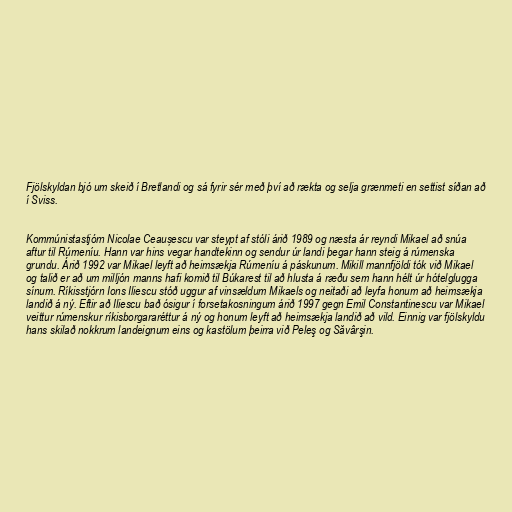
Fjölskyldan bjó um skeið í Bretlandi og sá fyrir sér með því að rækta og selja grænmeti en settist síðan að
í Sviss.

Kommúnistastjórn Nicolae Ceaușescu var steypt af stóli árið 1989 og næsta ár reyndi Mikael að snúa
aftur til Rúmeníu. Hann var hins vegar handtekinn og sendur úr landi þegar hann steig á rúmenska
grundu. Árið 1992 var Mikael leyft að heimsækja Rúmeníu á páskunum. Mikill mannfjöldi tók við Mikael
og talið er að um milljón manns hafi komið til Búkarest til að hlusta á ræðu sem hann hélt úr hótelglugga
sínum. Ríkisstjórn Ions Iliescu stóð uggur af vinsældum Mikaels og neitaði að leyfa honum að heimsækja
landið á ný. Eftir að Iliescu bað ósigur í forsetakosningum árið 1997 gegn Emil Constantinescu var Mikael
veittur rúmenskur ríkisborgararéttur á ný og honum leyft að heimsækja landið að vild. Einnig var fjölskyldu
hans skilað nokkrum landeignum eins og kastölum þeirra við Peleş og Săvârşin.